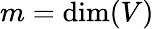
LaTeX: m=\dim(V)